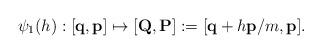
LaTeX: \begin{align*}\psi_1(h):[\textbf{q},\textbf{p}] \mapsto [\textbf{Q},\textbf{P}]:= [\textbf{q}+h \textbf{p}/m, \textbf{p}].\end{align*}